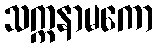
သက္ကနာမကော